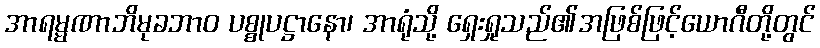
အာရမ္မဏာဘိမုခဘာဝ ပစ္စုပဋ္ဌာနော၊ အာရုံသို့ ရှေးရှုသည်၏အဖြစ်ဖြင့်ယောဂီတို့တွင်